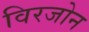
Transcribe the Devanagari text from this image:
विरजोन